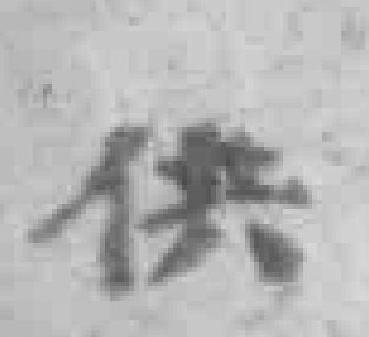
供